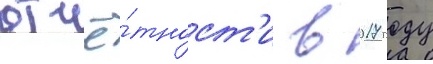
отчё́тност'и в 2017 году